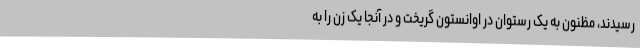
رسیدند، مظنون به یک رستوان در اوانستون گریخت و در آنجا یک زن را به